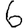
Digit: 6